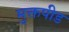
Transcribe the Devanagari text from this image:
मुक्तपीड